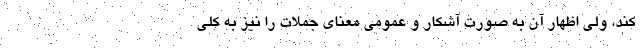
کند، ولی اظهار آن به صورت آشکار و عمومی معنای جملات را نیز به کلی